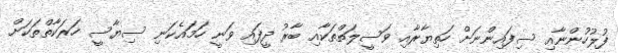
ފުލުހުންނާއި ސިފައިންނަށް ހަތިޔާރާއި ވަސީލަތްތަކާއި ބާރު ދީފައި ވަނީ ހަމައެކަނި ސިޔާސީ ހަރަކާތްތަކަށް